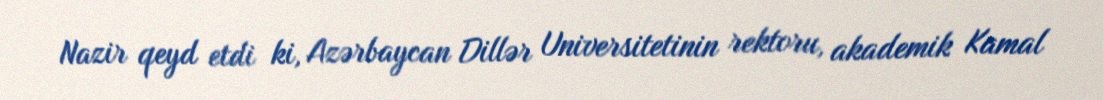
Nazir qeyd etdi ki, Azərbaycan Dillər Universitetinin rektoru, akademik Kamal